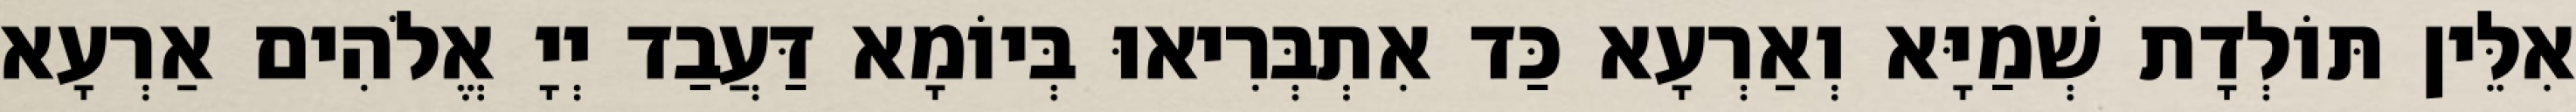
אִלֵּין תּוֹלְדָת שְׁמַיָּא וְאַרְעָא כַּד אִתְבְּרִיאוּ בְּיוֹמָא דַּעֲבַד יְיָ אֱלֹהִים אַרְעָא